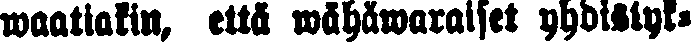
waatiakin, että wähäwaraiset yhdistyk-